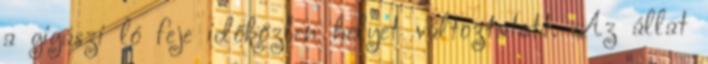
a gigászi ló feje időközben helyet változtatott. Az állat